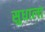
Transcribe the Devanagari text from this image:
सुधाला